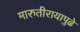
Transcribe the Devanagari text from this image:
मारुतीरायापुढे